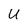
Character: U